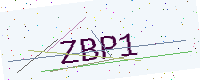
Text: ZBP1